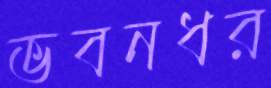
ভবনধর